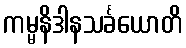
ကမ္မနိဒါနသင်္ခယောတိ